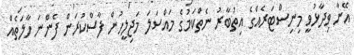
އޭނާ ވިދާޅުވީ މިނިސްޓަރެއްގެ އިތުބާރު ނެތްކަމުގެ މައްސަލަ މަޖިލީހުން ފާސްކުރަން ފެންނަ ހާލަތެއް